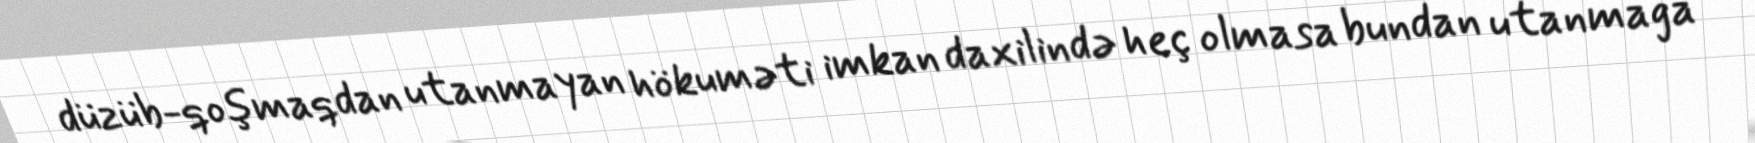
düzüb-qoşmaqdan utanmayan hökuməti imkan daxilində heç olmasa bundan utanmağa